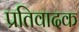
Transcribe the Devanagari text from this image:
प्रतिवादक